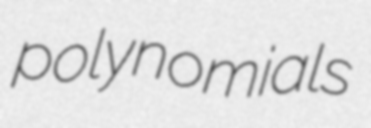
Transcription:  polynomials